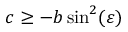
c \geq - b \sin ^ { 2 } ( \varepsilon )